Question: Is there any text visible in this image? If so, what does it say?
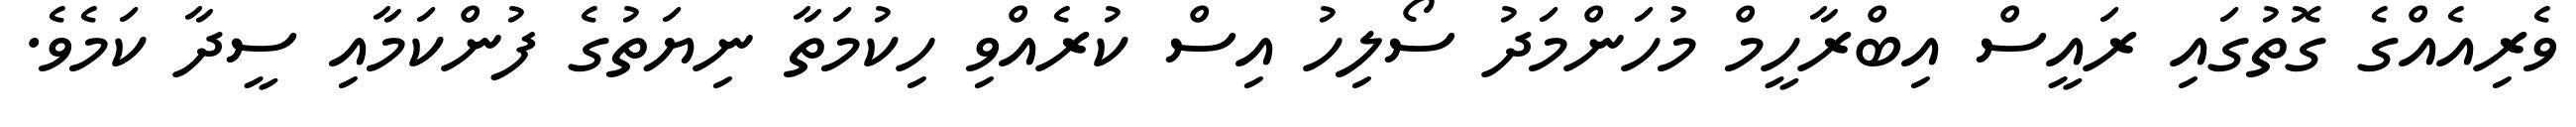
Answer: ވެރިއެއްގެ ގޮތުގައި ރައީސް އިބްރާހީމް މުހަންމަދު ސޯލިހު އިސް ކުރެއްވި ހިކުމަތާ ނިޔަތުގެ ފުންކަމާއި ސީދާ ކަމެވެ.